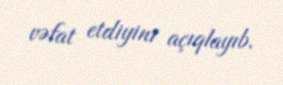
vəfat etdiyini açıqlayıb.